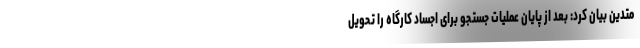
متدین بیان کرد: بعد از پایان عملیات جستجو برای اجساد کارگاه را تحویل